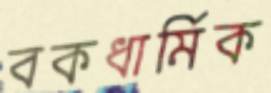
বকধার্মিক